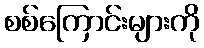
စစ်ကြောင်းများကို